Report of the Municipal Commissioner on the plague in Bombay for the year ending 31st May... - Volume 3
Disease focus: Plague
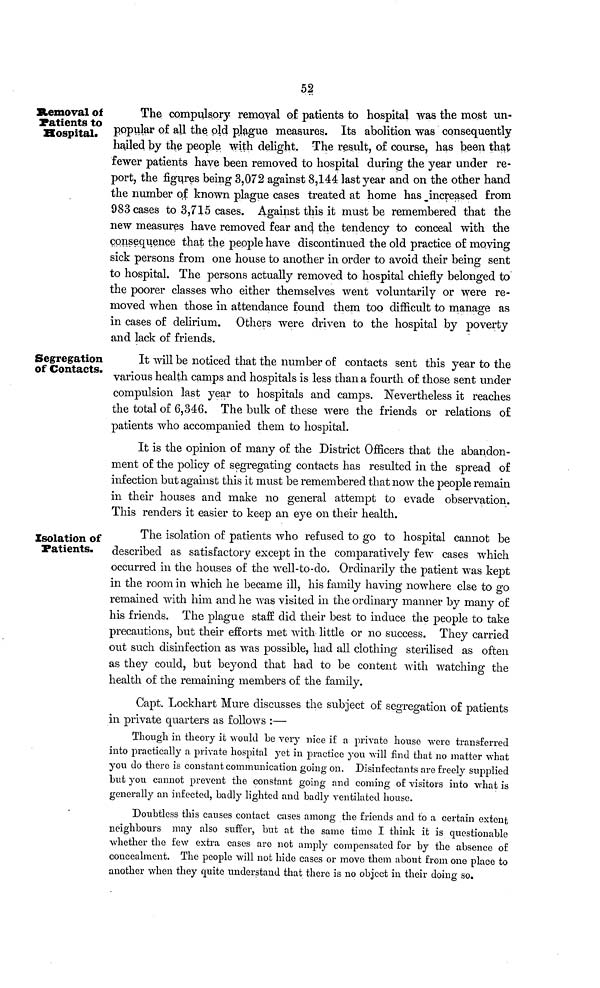
52
Removal of
Patients to
Hospital.
The compulsory removal of patients to hospital was the most un-
popular of all the old plague measures. Its abolition was consequently
hailed by the people with delight. The result, of course, has been that
fewer patients have been removed to hospital during the year under re-
port, the figures being 3,072 against 8,144 last year and on the other hand
the number of known plague cases treated at home has increased from
983 cases to 3,715 cases. Against this it must be remembered that the
new measures have removed fear and the tendency to conceal with the
consequence that the people have discontinued the old practice of moving
sick persons from one house to another in order to avoid their being sent
to hospital. The persons actually removed to hospital chiefly belonged to
the poorer classes who either themselves went voluntarily or were re-
moved when those in attendance found them too difficult to manage as
in cases of delirium. Others were driven to the hospital by poverty
and lack of friends.
Segregation
of Contacts.
It will be noticed that the number of contacts sent this year to the
various health camps and hospitals is less than a fourth of those sent under
compulsion last year to hospitals and camps. Nevertheless it reaches
the total of 6,346. The bulk of these were the friends or relations of
patients who accompanied them to hospital.
It is the opinion of many of the District Officers that the abandon-
ment of the policy of segregating contacts has resulted in the spread of
infection but against this it must be remembered that now the people remain
in their houses and make no general attempt to evade observation.
This renders it easier to keep an eye on their health.
Isolation of
Patients.
The isolation of patients who refused to go to hospital cannot be
described as satisfactory except in the comparatively few cases which
occurred in the houses of the well-to-do. Ordinarily the patient was kept
in the room in which he became ill, his family having nowhere else to go
remained with him and he was visited in the ordinary manner by many of
his friends. The plague staff did their best to induce the people to take
precautions, but their efforts met with little or no success. They carried
out such disinfection as was possible, had all clothing sterilised as often
as they could, but beyond that had to be content with watching the
health of the remaining members of the family.
Capt. Lockhart Mure discusses the subject of segregation of patients
in private quarters as follows :—
Though in theory it would be very nice if a private house were transferred
into practically a private hospital yet in practice you will find that no matter what
you do there is constant communication going on. Disinfectants are freely supplied
but you cannot prevent the constant going and coming of visitors into what is
generally an infected, badly lighted and badly ventilated house.
Doubtless this causes contact cases among the friends and to a certain extent
neighbours may also suffer, but at the same time I think it is questionable
whether the few extra cases are not amply compensated for by the absence of
concealment. The people will not hide cases or move them about from one place to
another when they quite understand that there is no object in their doing so.